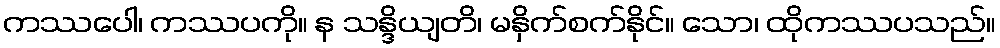
ကဿပေါ၊ ကဿပကို။ န သန္ဒိယျတိ၊ မနှိက်စက်နိုင်။ သော၊ ထိုကဿပသည်။